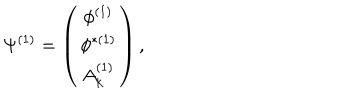
LaTeX: \Psi ^ { ( 1 ) } = \left( \begin{array} { c } { { \phi ^ { ( 1 ) } } } \\ { { \phi ^ { \ast ( 1 ) } } } \\ { { A _ { k } ^ { ( 1 ) } } } \\ \end{array} \right) ,